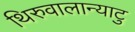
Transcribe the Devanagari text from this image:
थिरुवालान्याटु